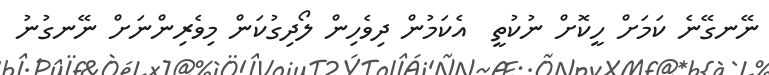
ނޭނގޭނެ ކަމަށް ހީކޮށް ނުކުތީ  އެކަމުން ދިވެހިން ލޯދިގުކަން މިވެރިންނަށް ނޭނގުނު